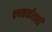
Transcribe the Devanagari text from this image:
चपळाईसाठी